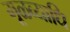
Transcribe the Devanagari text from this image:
मूळव्याधि